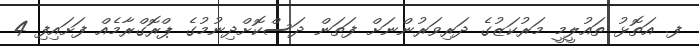
ފ. އަތޮޅު ތައުލީމީ މަރުކަޒުގެ ދަރިވަރުންނަށް ފަތަން ދަސްކޮށްދިނުމުގެ ޕްރޮގްރާމެއް ފަށައިފި 4